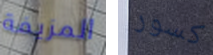
المزيفة كسور